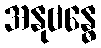
အနုဗန္ဓေ